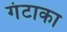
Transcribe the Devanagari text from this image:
गंटाका